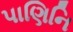
પાણિનિ